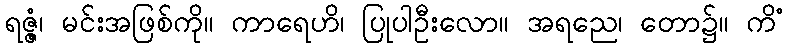
ရဇ္ဇံ၊ မင်းအဖြစ်ကို။ ကာရေဟိ၊ ပြုပါဦးလော။ အရညေ၊ တော၌။ ကိံ